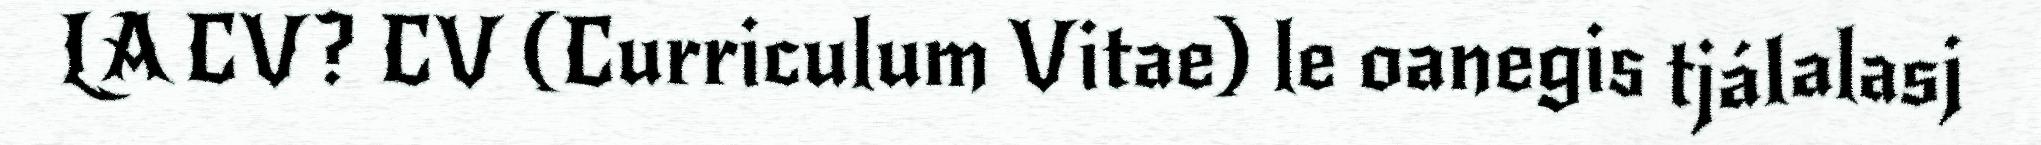
LA CV? CV (Curriculum Vitae) le oanegis tjálalasj